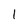
Character: I